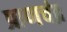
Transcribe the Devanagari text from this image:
प्राणचंद्र